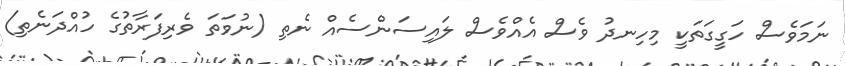
ނަމަވެސް ހަގީގަތަކީ މިހިނދު ވެސް އެއްވެސް ލައިސަންސެއް ނެތި (ނުވަތަ ވެރިފަރާތުގެ ހުއްދަނެތި)